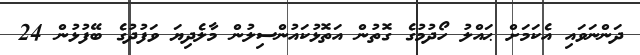
ދަންނަވައި އެކަމަށް ޙައްލު ހޯދުމުގެ ގޮތުން އަތޮޅުކައުންސިލުން މާލެދިޔަ ވަފުދުގެ ބޭފުޅުން 24